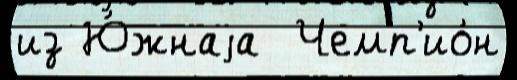
из Ю́жнаjа  Чемп'ио́н